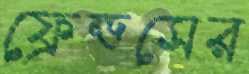
ফ্রেন্ডসের